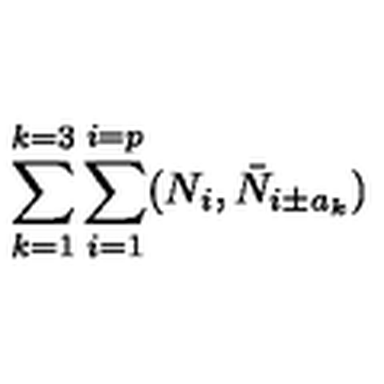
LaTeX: \sum _ { k = 1 } ^ { k = 3 } \sum _ { i = 1 } ^ { i = p } ( N _ { i } , \bar { N } _ { i \pm a _ { k } } )